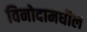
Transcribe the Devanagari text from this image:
विनोदामधील